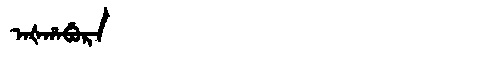
Manchu: ᠠᡧᡥᠠᠪᡠᡵᠠ
Romanization: AŠHABURA